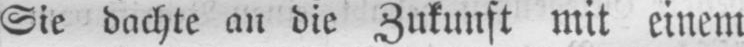
Sie dachte an die Zukunft mit einem